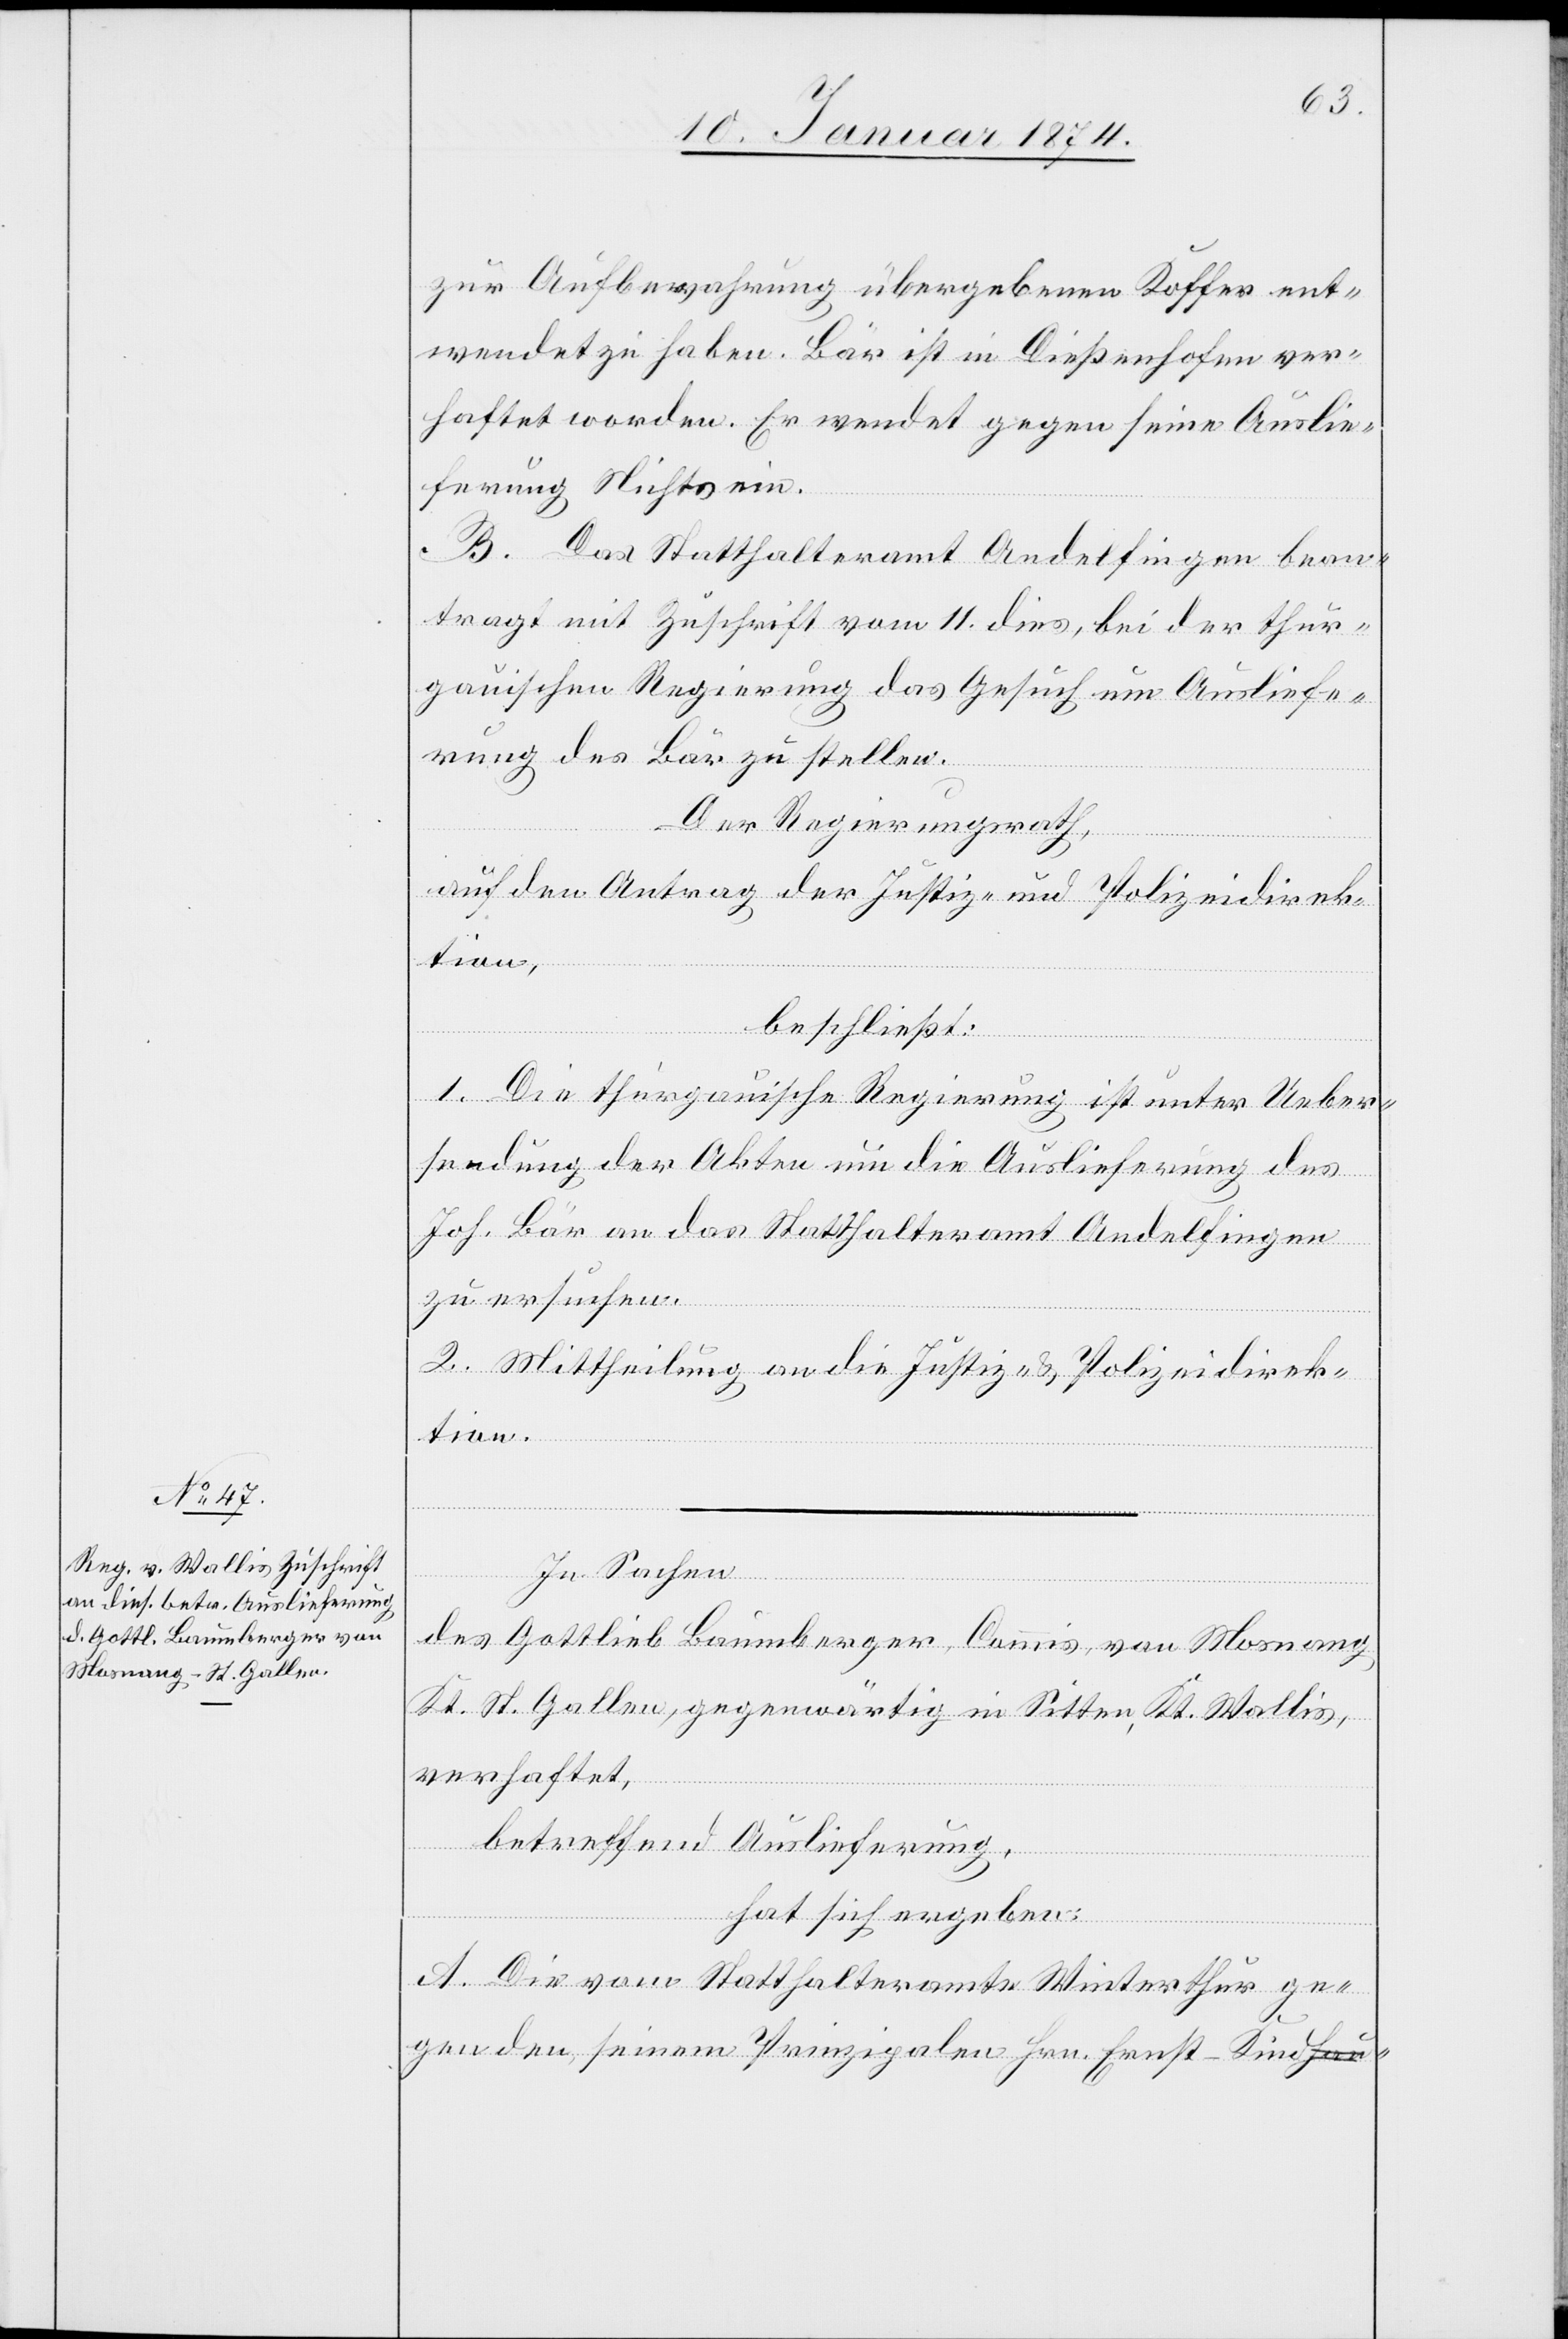
13. Januar 1874.]
zur Aufbewahrung übergebenen Koffer ent¬
wendet zu haben. Bär ist in Dießenhofen ver¬
haftet worden. Er wendet gegen seine Auslie¬
ferung Nichts ein.
B. Das Statthalteramt Andelfingen bean¬
tragt mit Zuschrift vom 11. dies, bei der thur¬
gauischen Regierung das Gesuch um Ausliefe¬
rung des Bär zu stellen.
Der Regierungsrath,
auf den Antrag der Justiz- und Polizeidirek¬
tion,
beschließt:
1. Die thurgauische Regierung ist unter Ueber¬
sendung der Akten um die Auslieferung des
Joh. Bär an das Statthalteramt Andelfingen
zu ersuchen.
2. Mittheilung an die Justiz- & Polizeidirek¬
tion.
In Sachen
des Gottlieb Baumberger, Commis von Mosnang
Kt. St. Gallen, gegenwärtig in Sitten, Kt. Wallis
verhaftet,
betreffend Auslieferung,
hat sich ergeben:
A. Die vom Statthalteramte Winterthur ge¬
gen den seinem Prinzipalen Hrn. Ernst-Kind-